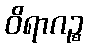
ဝိရာဂဉ္စ